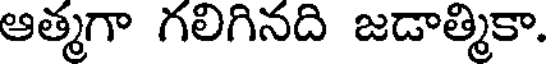
ఆత్మగా గలిగినది జడాత్మికా.